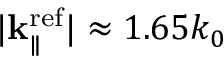
| { \bf k } _ { \parallel } ^ { \mathrm { r e f } } | \approx 1 . 6 5 k _ { 0 }